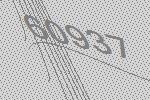
60937